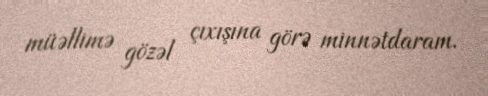
müəllimə gözəl çıxışına görə minnətdaram.